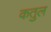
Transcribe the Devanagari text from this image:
कतुल